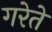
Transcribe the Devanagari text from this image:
गरेते